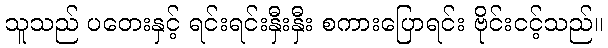
သူသည် ပတေးနှင့် ရင်းရင်းနှီးနှီး စကားပြောရင်း ဗိုင်းငင့်သည်။